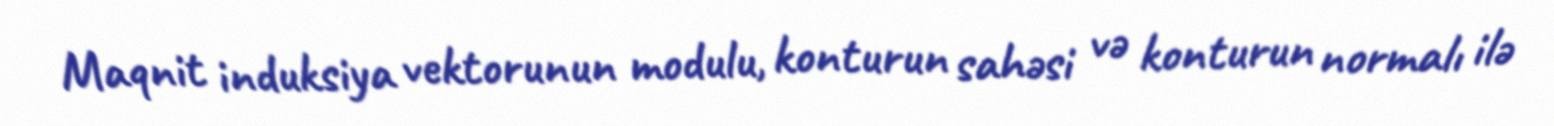
Maqnit induksiya vektorunun modulu, konturun sahəsi və konturun normalı ilə